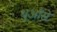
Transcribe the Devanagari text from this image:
धुआँसे